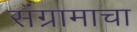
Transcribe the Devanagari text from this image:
संग्रामाचा